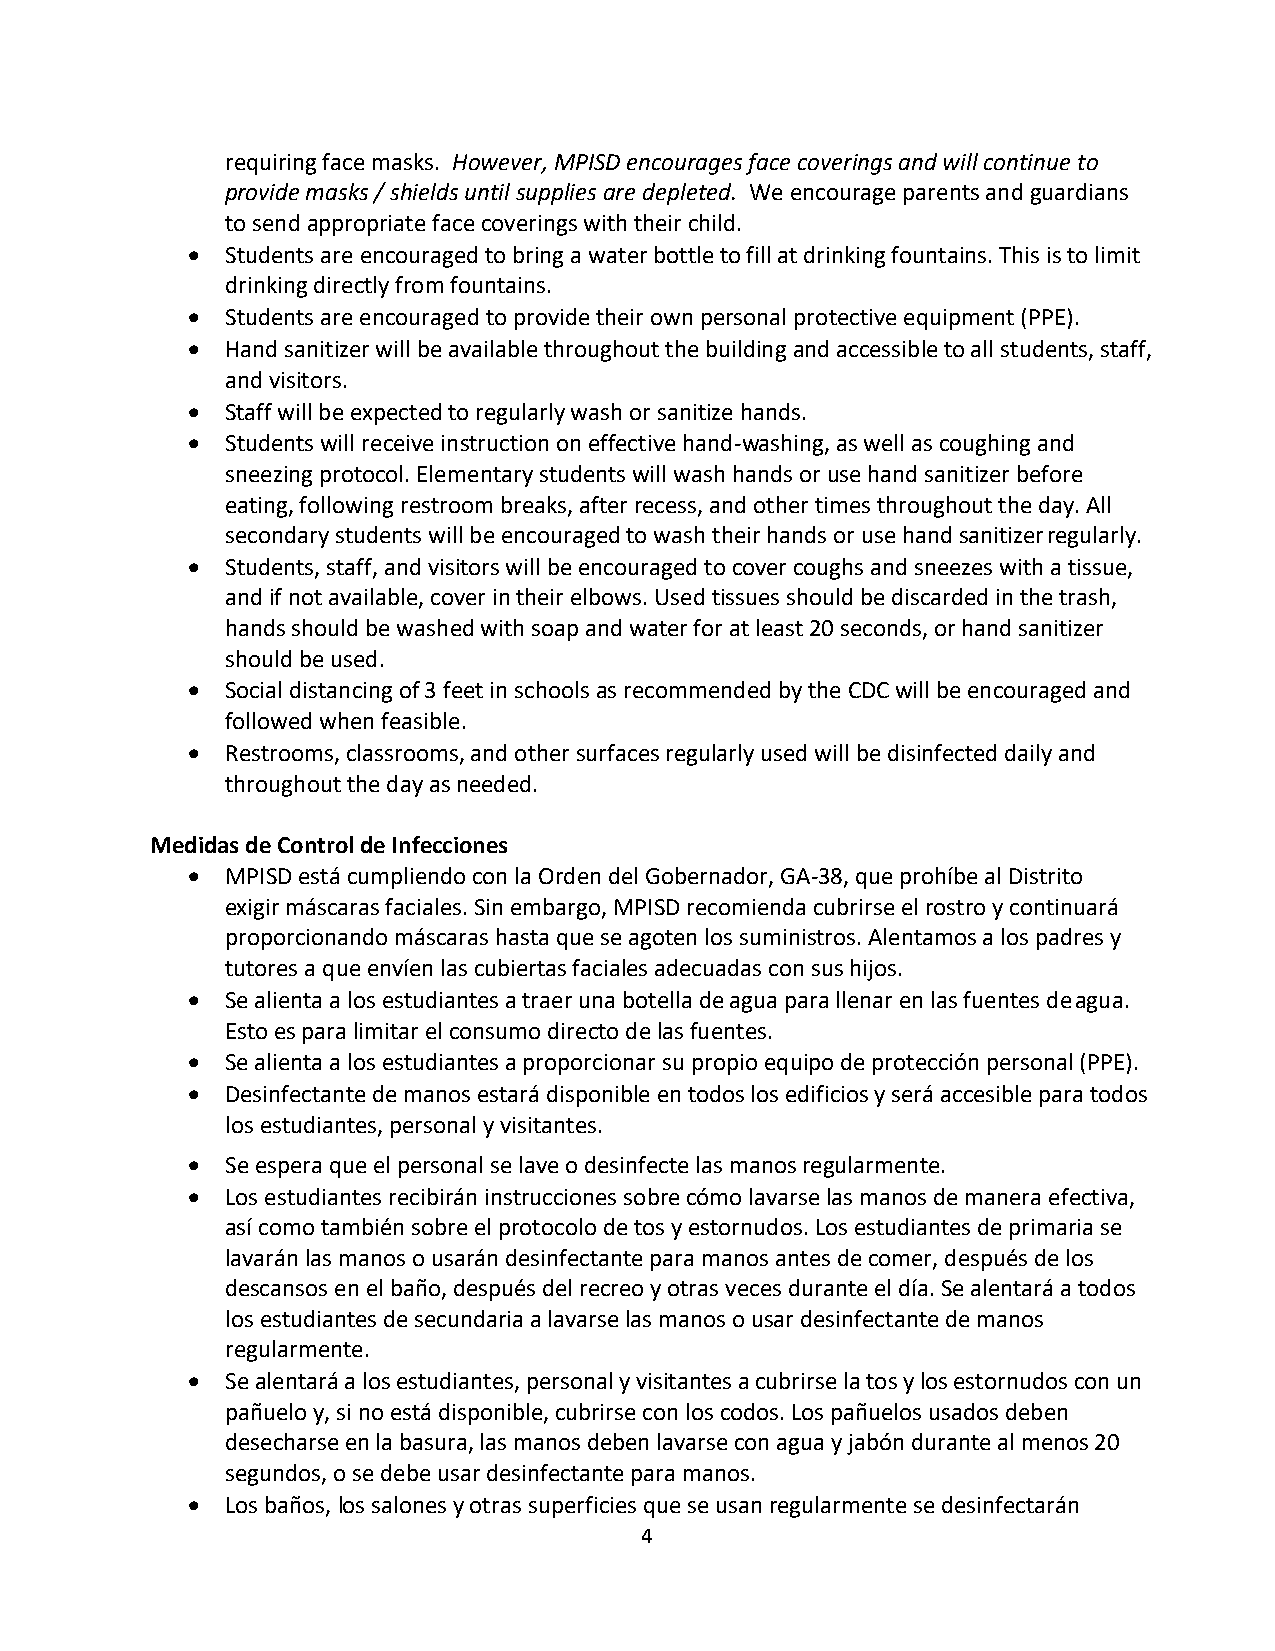
requiring face masks. However, MPISD encourages face coverings and will continue to
 provide masks / shields until supplies are depleted. We encourage parents and guardians
 to send appropriate face coverings with their child.
   Students are encouraged to bring a water bottle to fill at drinking fountains. This is to limit
 drinking directly from fountains.
   Students are encouraged to provide their own personal protective equipment (PPE).
   Hand sanitizer will be available throughout the building and accessible to all students, staff,
 and visitors.
   Staff will be expected to regularly wash or sanitize hands.
   Students will receive instruction on effective hand-washing, as well as coughing and
 sneezing protocol. Elementary students will wash hands or use hand sanitizer before
 eating, following restroom breaks, after recess, and other times throughout the day. All
 secondary students will be encouraged to wash their hands or use hand sanitizer regularly.
   Students, staff, and visitors will be encouraged to cover coughs and sneezes with a tissue,
 and if not available, cover in their elbows. Used tissues should be discarded in the trash,
 hands should be washed with soap and water for at least 20 seconds, or hand sanitizer
 should be used.
   Social distancing of 3 feet in schools as recommended by the CDC will be encouraged and
 followed when feasible.
   Restrooms, classrooms, and other surfaces regularly used will be disinfected daily and
 throughout the day as needed.
 Medidas de Control de Infecciones
   MPISD está cumpliendo con la Orden del Gobernador, GA-38, que prohíbe al Distrito
 exigir máscaras faciales. Sin embargo, MPISD recomienda cubrirse el rostro y continuará
 proporcionando máscaras hasta que se agoten los suministros. Alentamos a los padres y
 tutores a que envíen las cubiertas faciales adecuadas con sus hijos.
   Se alienta a los estudiantes a traer una botella de agua para llenar en las fuentes de agua.
 Esto es para limitar el consumo directo de las fuentes.
   Se alienta a los estudiantes a proporcionar su propio equipo de protección personal (PPE).
   Desinfectante de manos estará disponible en todos los edificios y será accesible para todos
 los estudiantes, personal y visitantes.
   Se espera que el personal se lave o desinfecte las manos regularmente.
   Los estudiantes recibirán instrucciones sobre cómo lavarse las manos de manera efectiva,
 así como también sobre el protocolo de tos y estornudos. Los estudiantes de primaria se
 lavarán las manos o usarán desinfectante para manos antes de comer, después de los
 descansos en el baño, después del recreo y otras veces durante el día. Se alentará a todos
 los estudiantes de secundaria a lavarse las manos o usar desinfectante de manos
 regularmente.
   Se alentará a los estudiantes, personal y visitantes a cubrirse la tos y los estornudos con un
 pañuelo y, si no está disponible, cubrirse con los codos. Los pañuelos usados deben
 desecharse en la basura, las manos deben lavarse con agua y jabón durante al menos 20
 segundos, o se debe usar desinfectante para manos.
   Los baños, los salones y otras superficies que se usan regularmente se desinfectarán
 4